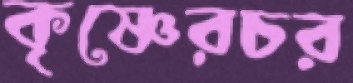
কৃষ্ণেরচর